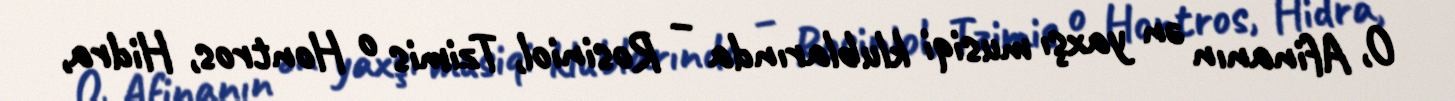
O, Afinanın ən yaxşı musiqi klublarında – Rosiniol, Tzimis o Hontros, Hidra,